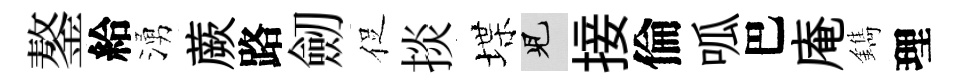
鏊給湧蕨路劒促掞堞兒接倫呱巴庵鐫理